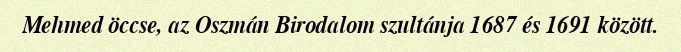
Mehmed öccse, az Oszmán Birodalom szultánja 1687 és 1691 között.